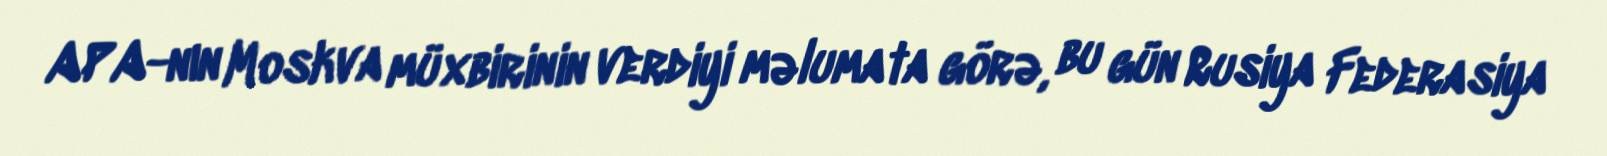
APA-nın Moskva müxbirinin verdiyi məlumata görə, bu gün Rusiya Federasiya